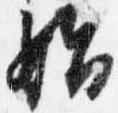
始